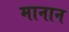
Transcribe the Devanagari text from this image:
मानान